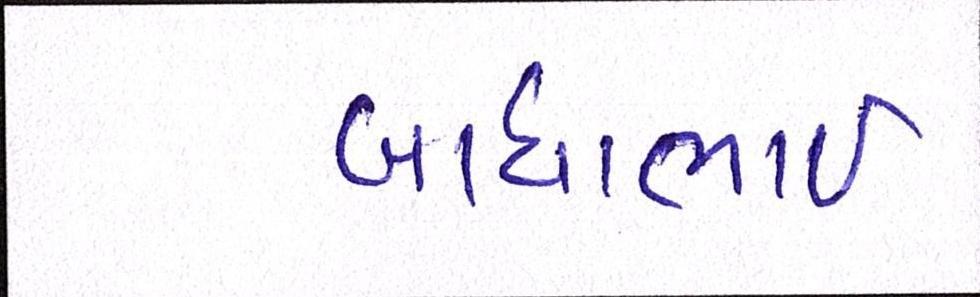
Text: બાઘાભાઇ